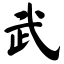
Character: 武